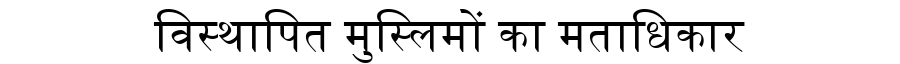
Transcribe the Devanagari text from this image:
विस्थापित मुस्लिमों का मताधिकार